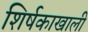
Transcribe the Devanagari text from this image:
शिर्षकाखाली